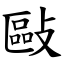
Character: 敺